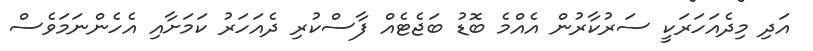
އަދި މިދެއަހަރަކީ ސަރުކާރުން އެއްމެ ބޮޑު ބަޖެޓެއް ފާސްކުރި ދެއަހަރު ކަމަށާއި އެހެންނަމަވެސް